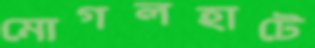
মোগলহাটে